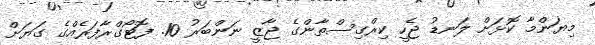
މިޔަންމާ ކޮޅަށް ލަނޑު ޖެހީ ކިރްގިސްތާންގެ ޖާޒީ ނަންބަރު 10. ފޮޓޯގްރާފަރެއްގެ ގަޔަށް